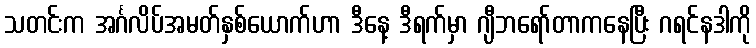
သတင်းက အင်္ဂလိပ်အမတ်နှစ်ယောက်ဟာ ဒီနေ့ ဒီရက်မှာ ဂျီဘရော်တာကနေပြီး ဂရင်နဒါကို